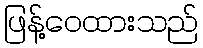
ဖြန့်ဝေထားသည်